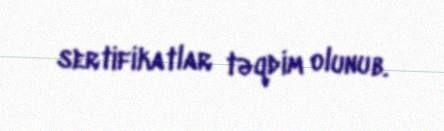
sertifikatlar təqdim olunub.